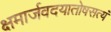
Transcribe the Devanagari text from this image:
क्षमार्जवदयातोषसत्यं